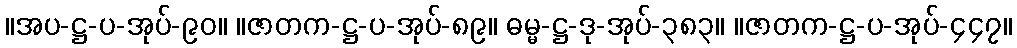
။အပ-ဋ္ဌ-ပ-အုပ်-၉၀။ ။ဇာတက-ဋ္ဌ-ပ-အုပ်-၈၉။ ဓမ္မ-ဋ္ဌ-ဒု-အုပ်-၃၈၃။ ။ဇာတက-ဋ္ဌ-ပ-အုပ်-၄၄၇။